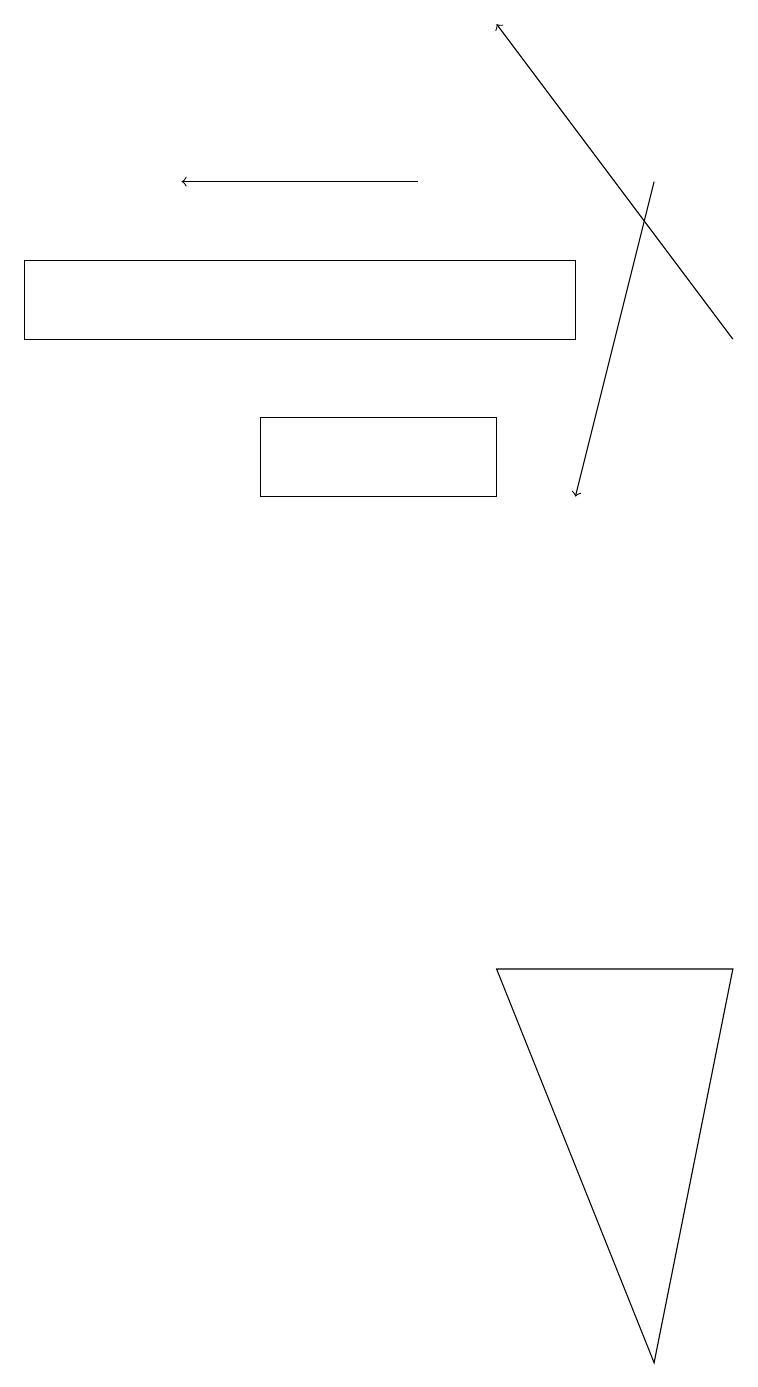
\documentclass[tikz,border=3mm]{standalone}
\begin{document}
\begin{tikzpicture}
\draw[->] (8,16) -- (7,12);
\draw (6,13) rectangle (3,12);
\draw[->] (5,16) -- (2,16);
\draw (8,1) -- (9,6) -- (6,6) -- cycle;
\draw (0,14) rectangle (7,15);
\draw[->] (9,14) -- (6,18);
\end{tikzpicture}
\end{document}